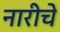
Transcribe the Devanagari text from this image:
नारीचे